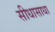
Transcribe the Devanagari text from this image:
सीधासाधा